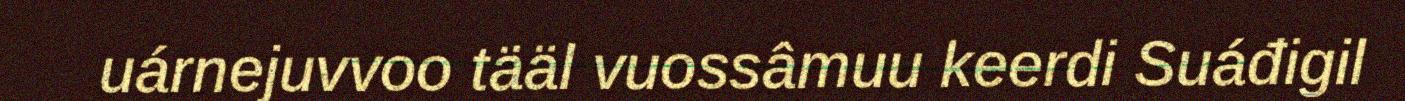
uárnejuvvoo tääl vuossâmuu keerdi Suáđigil